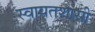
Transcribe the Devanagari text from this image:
स्वायतशासी